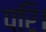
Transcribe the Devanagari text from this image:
परि।